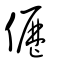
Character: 儮